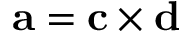
\mathbf { a } = \mathbf { c } \times \mathbf { d }